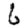
Digit: 6